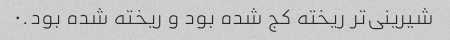
شیرینی‌تر ریخته کج شده بود و ریخته شده بود.۰